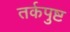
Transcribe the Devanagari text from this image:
तर्कपुष्ट